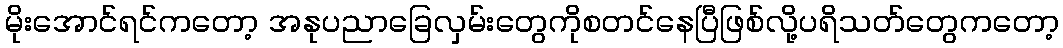
မိုးအောင်ရင်ကတော့ အနုပညာခြေလှမ်းတွေကိုစတင်နေပြီဖြစ်လို့ပရိသတ်တွေကတော့